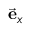
\vec { \mathbf { e } } _ { x }